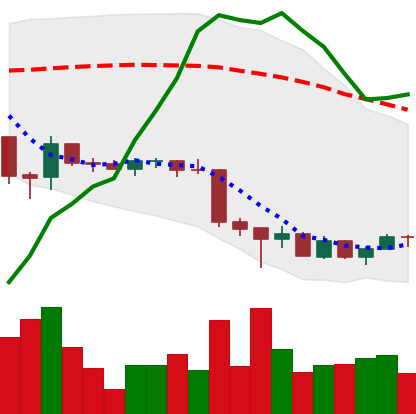
Ticker: EOS-USD
Chart end date: 2018-07-01
Forward return: 6.739%
Label: up_5_7